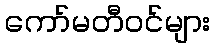
ကော်မတီဝင်များ